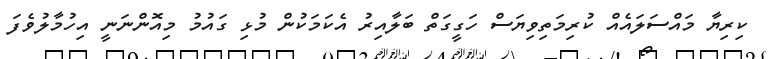
ކިރިޔާ މައްސަލައެއް ކުރިމަތިވިޔަސް ހަގީގަތް ބަލާއިރު އެކަމަކުން މުޅި ގައުމު މިއޮންނަނީ އިހުމާލުވެފަ